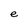
Character: e